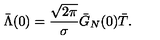
\bar { \Lambda } ( 0 ) = \frac { \sqrt { 2 \pi } } { \sigma } \bar { G } _ { N } ( 0 ) \bar { T } .